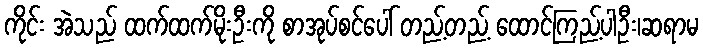
ကိုင်း အဲသည် ထက်ထက်မိုးဦးကို စာအုပ်စင်ပေါ် တည့်တည့် ထောင်ကြည့်ပါဦး၊ဆရာမ